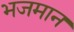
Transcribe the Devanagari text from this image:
भजमान